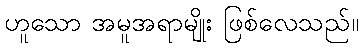
ဟူသော အမူအရာမျိုး ဖြစ်လေသည်။